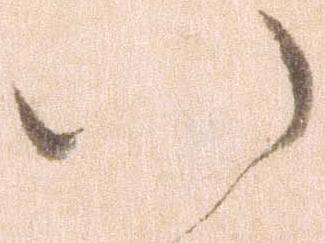
い